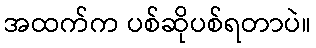
အထက်က ပစ်ဆိုပစ်ရတာပဲ။